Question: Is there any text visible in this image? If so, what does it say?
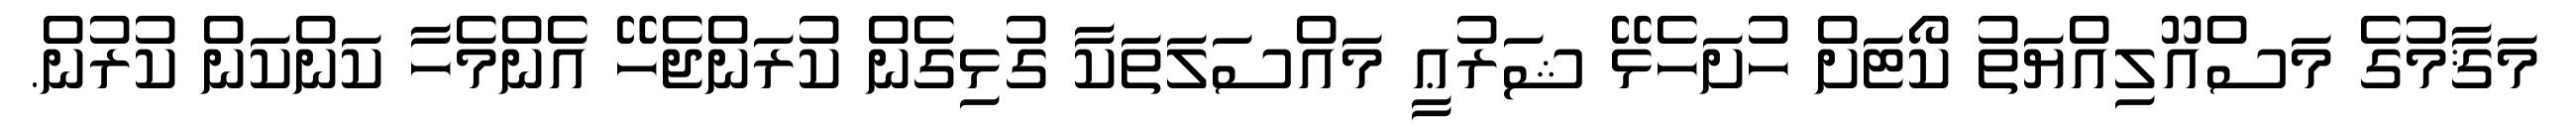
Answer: މަޤާމުގެ މަސްއޫލިއްޔަތު ކޯޓަށް ހުށަހެޅޭ ޝަރުޢީ މައްސަލަތަކާ ގުޅިގެން ކުރަންޖެހޭ އެންމެހާ ކަންކަން ކުރުން.